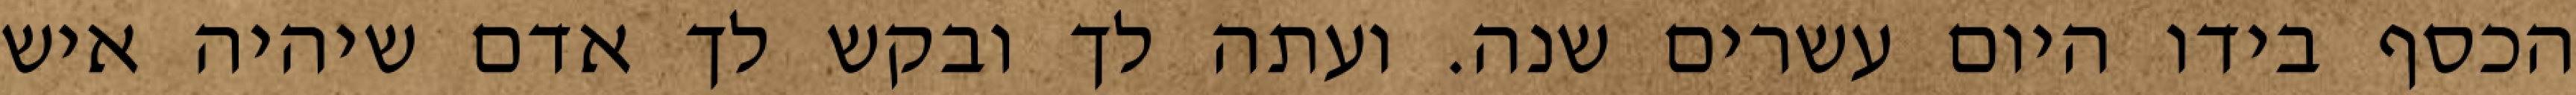
הכסף בידו היום עשרים שנה. ועתה לך ובקש לך אדם שיהיה איש